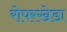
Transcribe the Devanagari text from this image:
रोपरखेडा